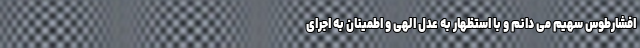
افشارطوس سهیم می دانم و با استظهار به عدل الهی و اطمینان به اجرای